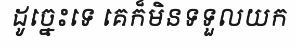
ដូច្នេះទេ គេក៏មិនទទួលយក